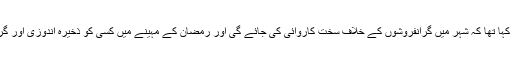
اسلام آباد انتظامیہ نے ایک مراسلے میں کہا تھا کہ شہر میں گرانفروشوں کے خلاف سخت کاروائی کی جائے گی اور رمضان کے مہینے میں کسی کو ذخیرہ اندوزی اور گرانفروشی کی اجازت نہیں دی جائے گی۔